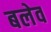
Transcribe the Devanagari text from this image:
बलेव